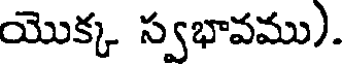
యొక్క స్వభావము).